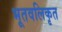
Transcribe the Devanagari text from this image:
भूतवलिकृत